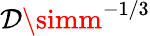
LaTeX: \mathcal{D}\simm^{-1/3}